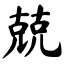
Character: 兢